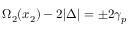
\Omega _ { 2 } ( x _ { 2 } ) - 2 | \Delta | = \pm 2 \gamma _ { p }